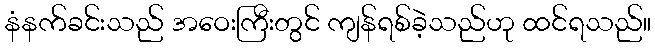
နံနက်ခင်းသည် အဝေးကြီးတွင် ကျန်ရစ်ခဲ့သည်ဟု ထင်ရသည်။